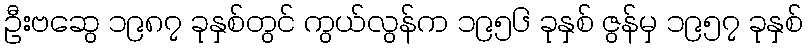
ဦးဗဆွေ ၁၉၈၇ ခုနှစ်တွင် ကွယ်လွန်က ၁၉၅၆ ခုနှစ် ဇွန်မှ ၁၉၅၇ ခုနှစ်